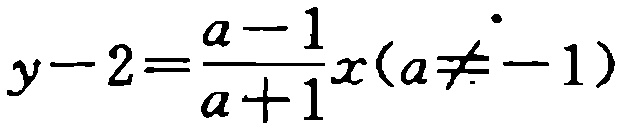
\(y - 2 = \frac{a - 1}{a + 1}x(a\neq - 1)\)